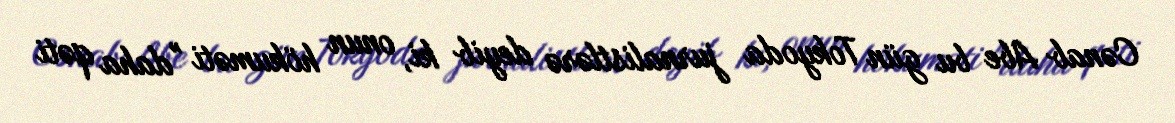
Cənab Abe bu gün Tokyoda jurnalistlərə deyib ki, onun hökuməti "daha qəti